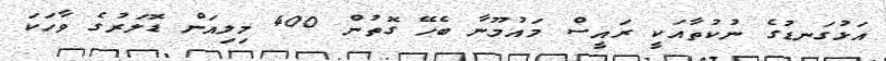
އަޅުގަނޑުގެ ނުކުތާއަކީ ރައީސް މައުމޫނާ ބެހޭ ގޮތުން 400 މިލިއަން ޑޮލަރުގެ ވާހަކަ